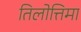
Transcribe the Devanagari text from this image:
तिलोत्तिमा